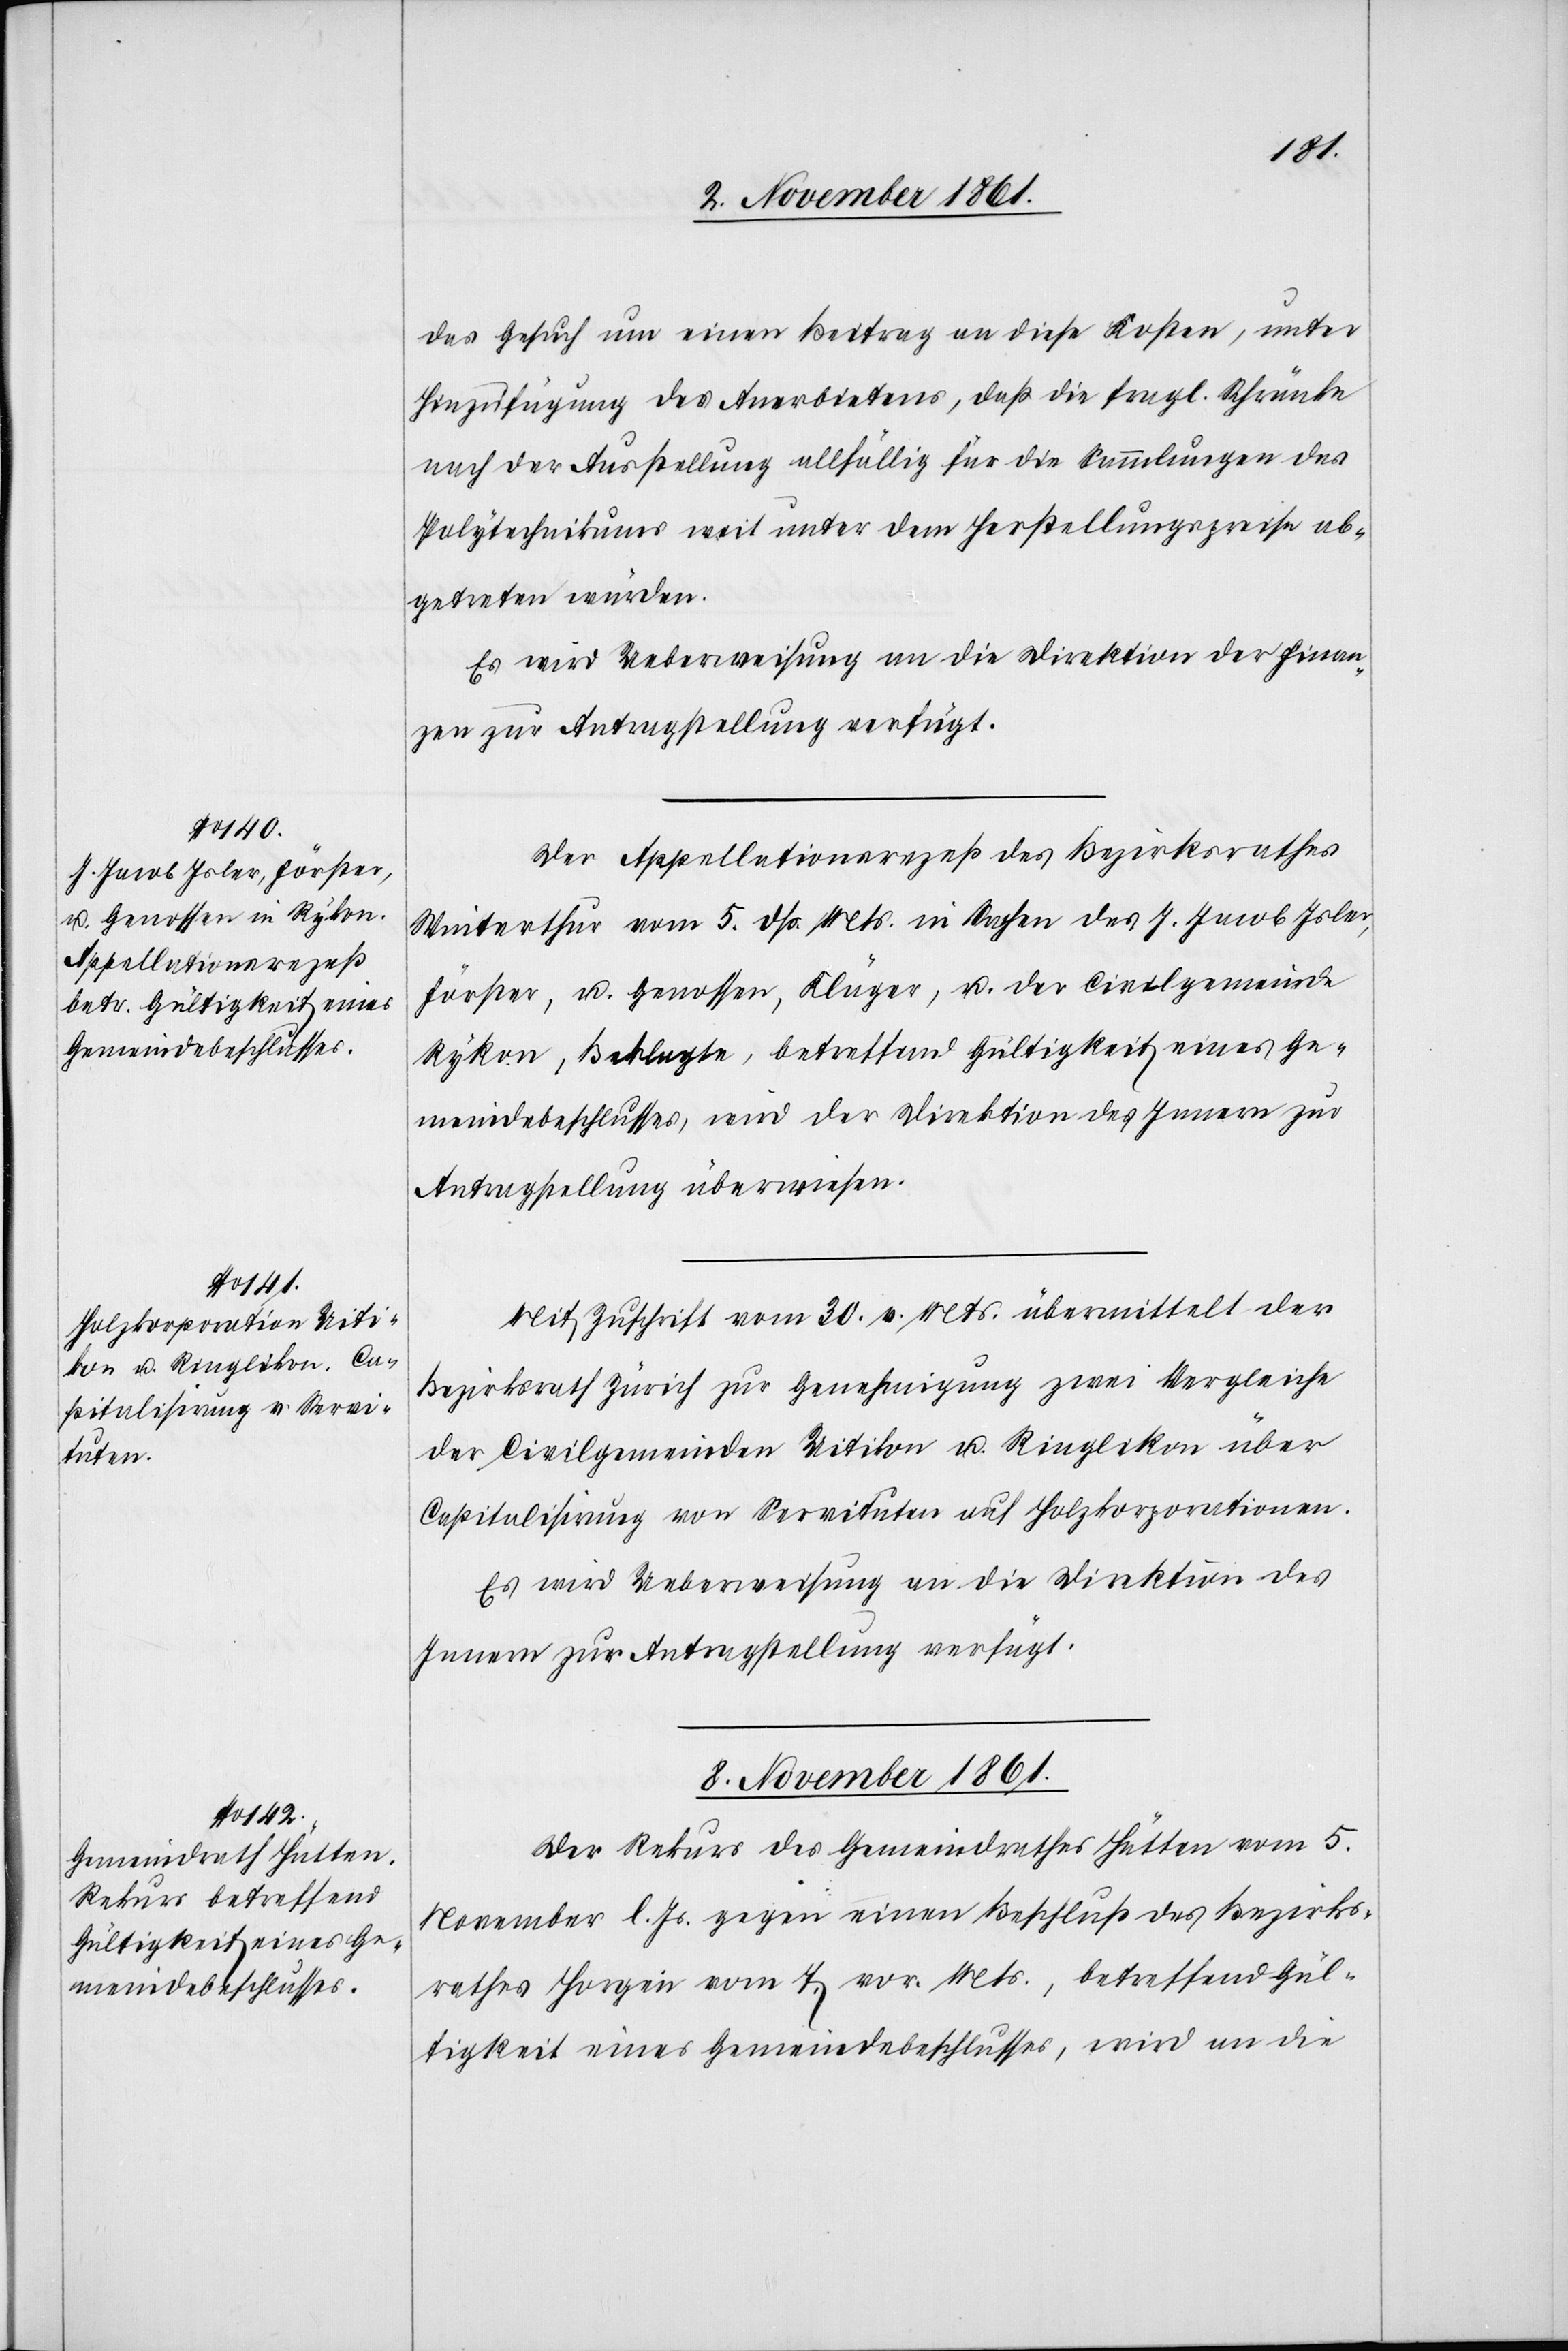
zen zur

8 November 1861.
das Gesuch um einen Beitrag an diese Kosten, unter
Hinzufügung des Anerbietens, daß die fragl. Schränke
nach der Ausstellung allfällig für die Sammlungen des
Polytechnikums weit unter dem Herstellungspreise ab¬
getreten würden.
Es wird Ueberweisung an die Direktion der Finan¬
Der Appellationsrezeß des Bezirksrathes
Winterthur vom 5 dß. Mts. in Sachen des J. Jacob Isler,
Förster, u. Genossen, Kläger, u. der Civilgemeinde
Rykon, Beklagte, betreffend Gültigkeit eines Ge¬
meindebeschlusses, wird der Direktion des Innern zur
Antragstellung überwiesen.
Mit Zuschrift vom 30 v. Mts. übermittelt der
Bezirksrath Zürich zur Genehmigung zwei Vergleiche
der Civilgemeinden Uitikon u. Ringlikon über
Capitalisirung von Servituten auf Holzkorporationen.
Es wird Ueberweisung an die Direktion des
Innern zur Antragstellung verfügt.
Der Rekurs des Gemeindrathes Hütten vom 5
November l. Js. gegen einen Beschluß des Bezirks¬
rathes Horgen vom 7 vor. Mts., betreffend Gül¬
tigkeit eines Gemeindebeschlusses, wird an die